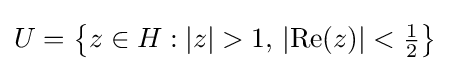
U=\left\{z\in H:\left|z\right|>1,\,\left|\operatorname {Re} (z)\right|<{\tfrac {1}{2}}\right\}